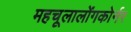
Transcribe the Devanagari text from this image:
महचूलालोंगकोर्नर